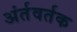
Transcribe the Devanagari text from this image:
अंर्तवर्तक